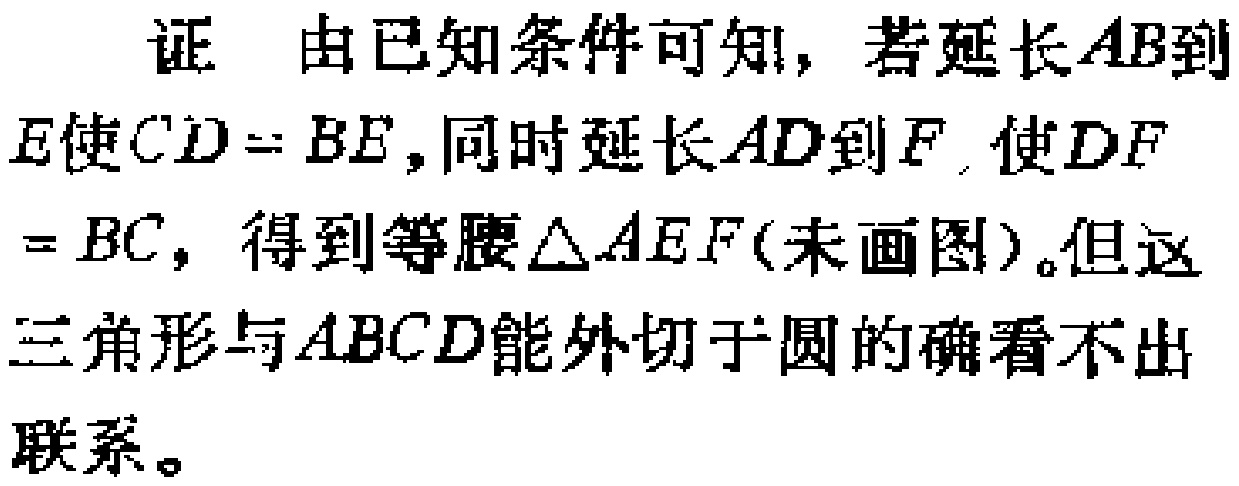
证 由已知条件可知，若延长\(AB\)到\(E\)使\(CD = BE\)，同时延长\(AD\)到\(F\)，使\(DF = BC\)，得到等腰\(\triangle AEF\)(未画图)。但这三角形与\(ABCD\)能外切于圆的确看不出联系。